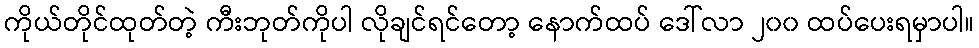
ကိုယ်တိုင်ထုတ်တဲ့ ကီးဘုတ်ကိုပါ လိုချင်ရင်တော့ နောက်ထပ် ဒေါ်လာ ၂၀၀ ထပ်ပေးရမှာပါ။